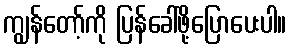
ကျွန်တော့်ကို ပြန်ခေါ်ဖို့ပြောပေးပါ။